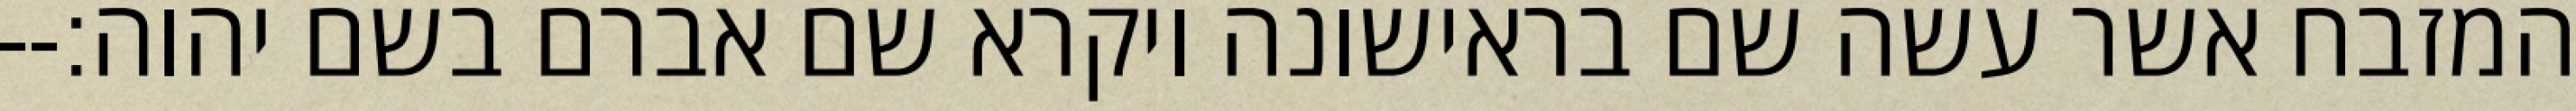
המזבח אשר עשה שם בראישונה ויקרא שם אברם בשם יהוה׃--